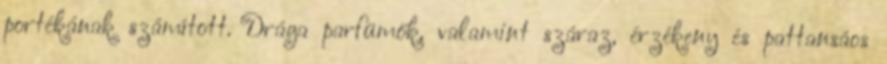
portékának számított. Drága parfümök, valamint száraz, érzékeny és pattansáos